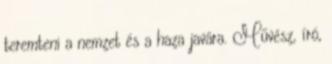
teremteni a nemzet és a haza javára. Művész, író,